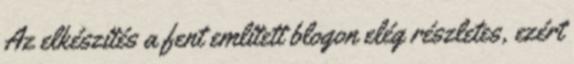
Az elkészítés a fent említett blogon elég részletes, ezért